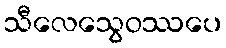
သီလေသွေဝဿပေ